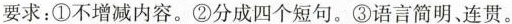
要求：①不增减内容。②分成四个短句。③语言简明、连贯。